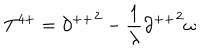
LaTeX: T ^ { 4 + } = { \partial ^ { + + } } ^ { 2 } - \frac { 1 } { \lambda } { \partial ^ { + + } } ^ { 2 } \omega